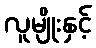
လူမျိုးနှင့်